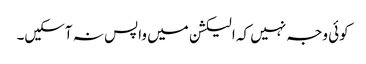
کوئی وجہ نہیں کہ الیکشن میں واپس نہ آسکیں۔